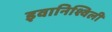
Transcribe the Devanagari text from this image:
इवानिश्विली